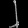
Digit: ၂